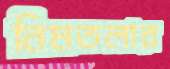
নিমতলার